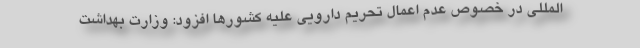
المللی در خصوص عدم اعمال تحریم دارویی علیه کشورها افزود: وزارت بهداشت